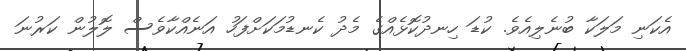
އެކަނި މަލަކާ ބުނެލިއެވެ. ކުޑަ ހިނދުކޮޅެއްގެ މެދު ކެނޑުމަކަށްފަހު އަނެއްކާވެސް ލޮލުން ކަރުނަ